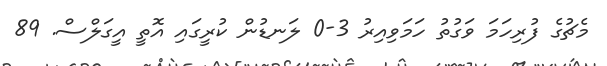
މެޗުގެ ފުރިހަމަ ވަގުތު ހަމަވިއިރު 3-0 ލަނޑުން ކުރީގައި އޮތީ އީގަލްސް. 89